NAE_ERA_R-30_Eesti_Riiklik_Spordiamet, lk 38
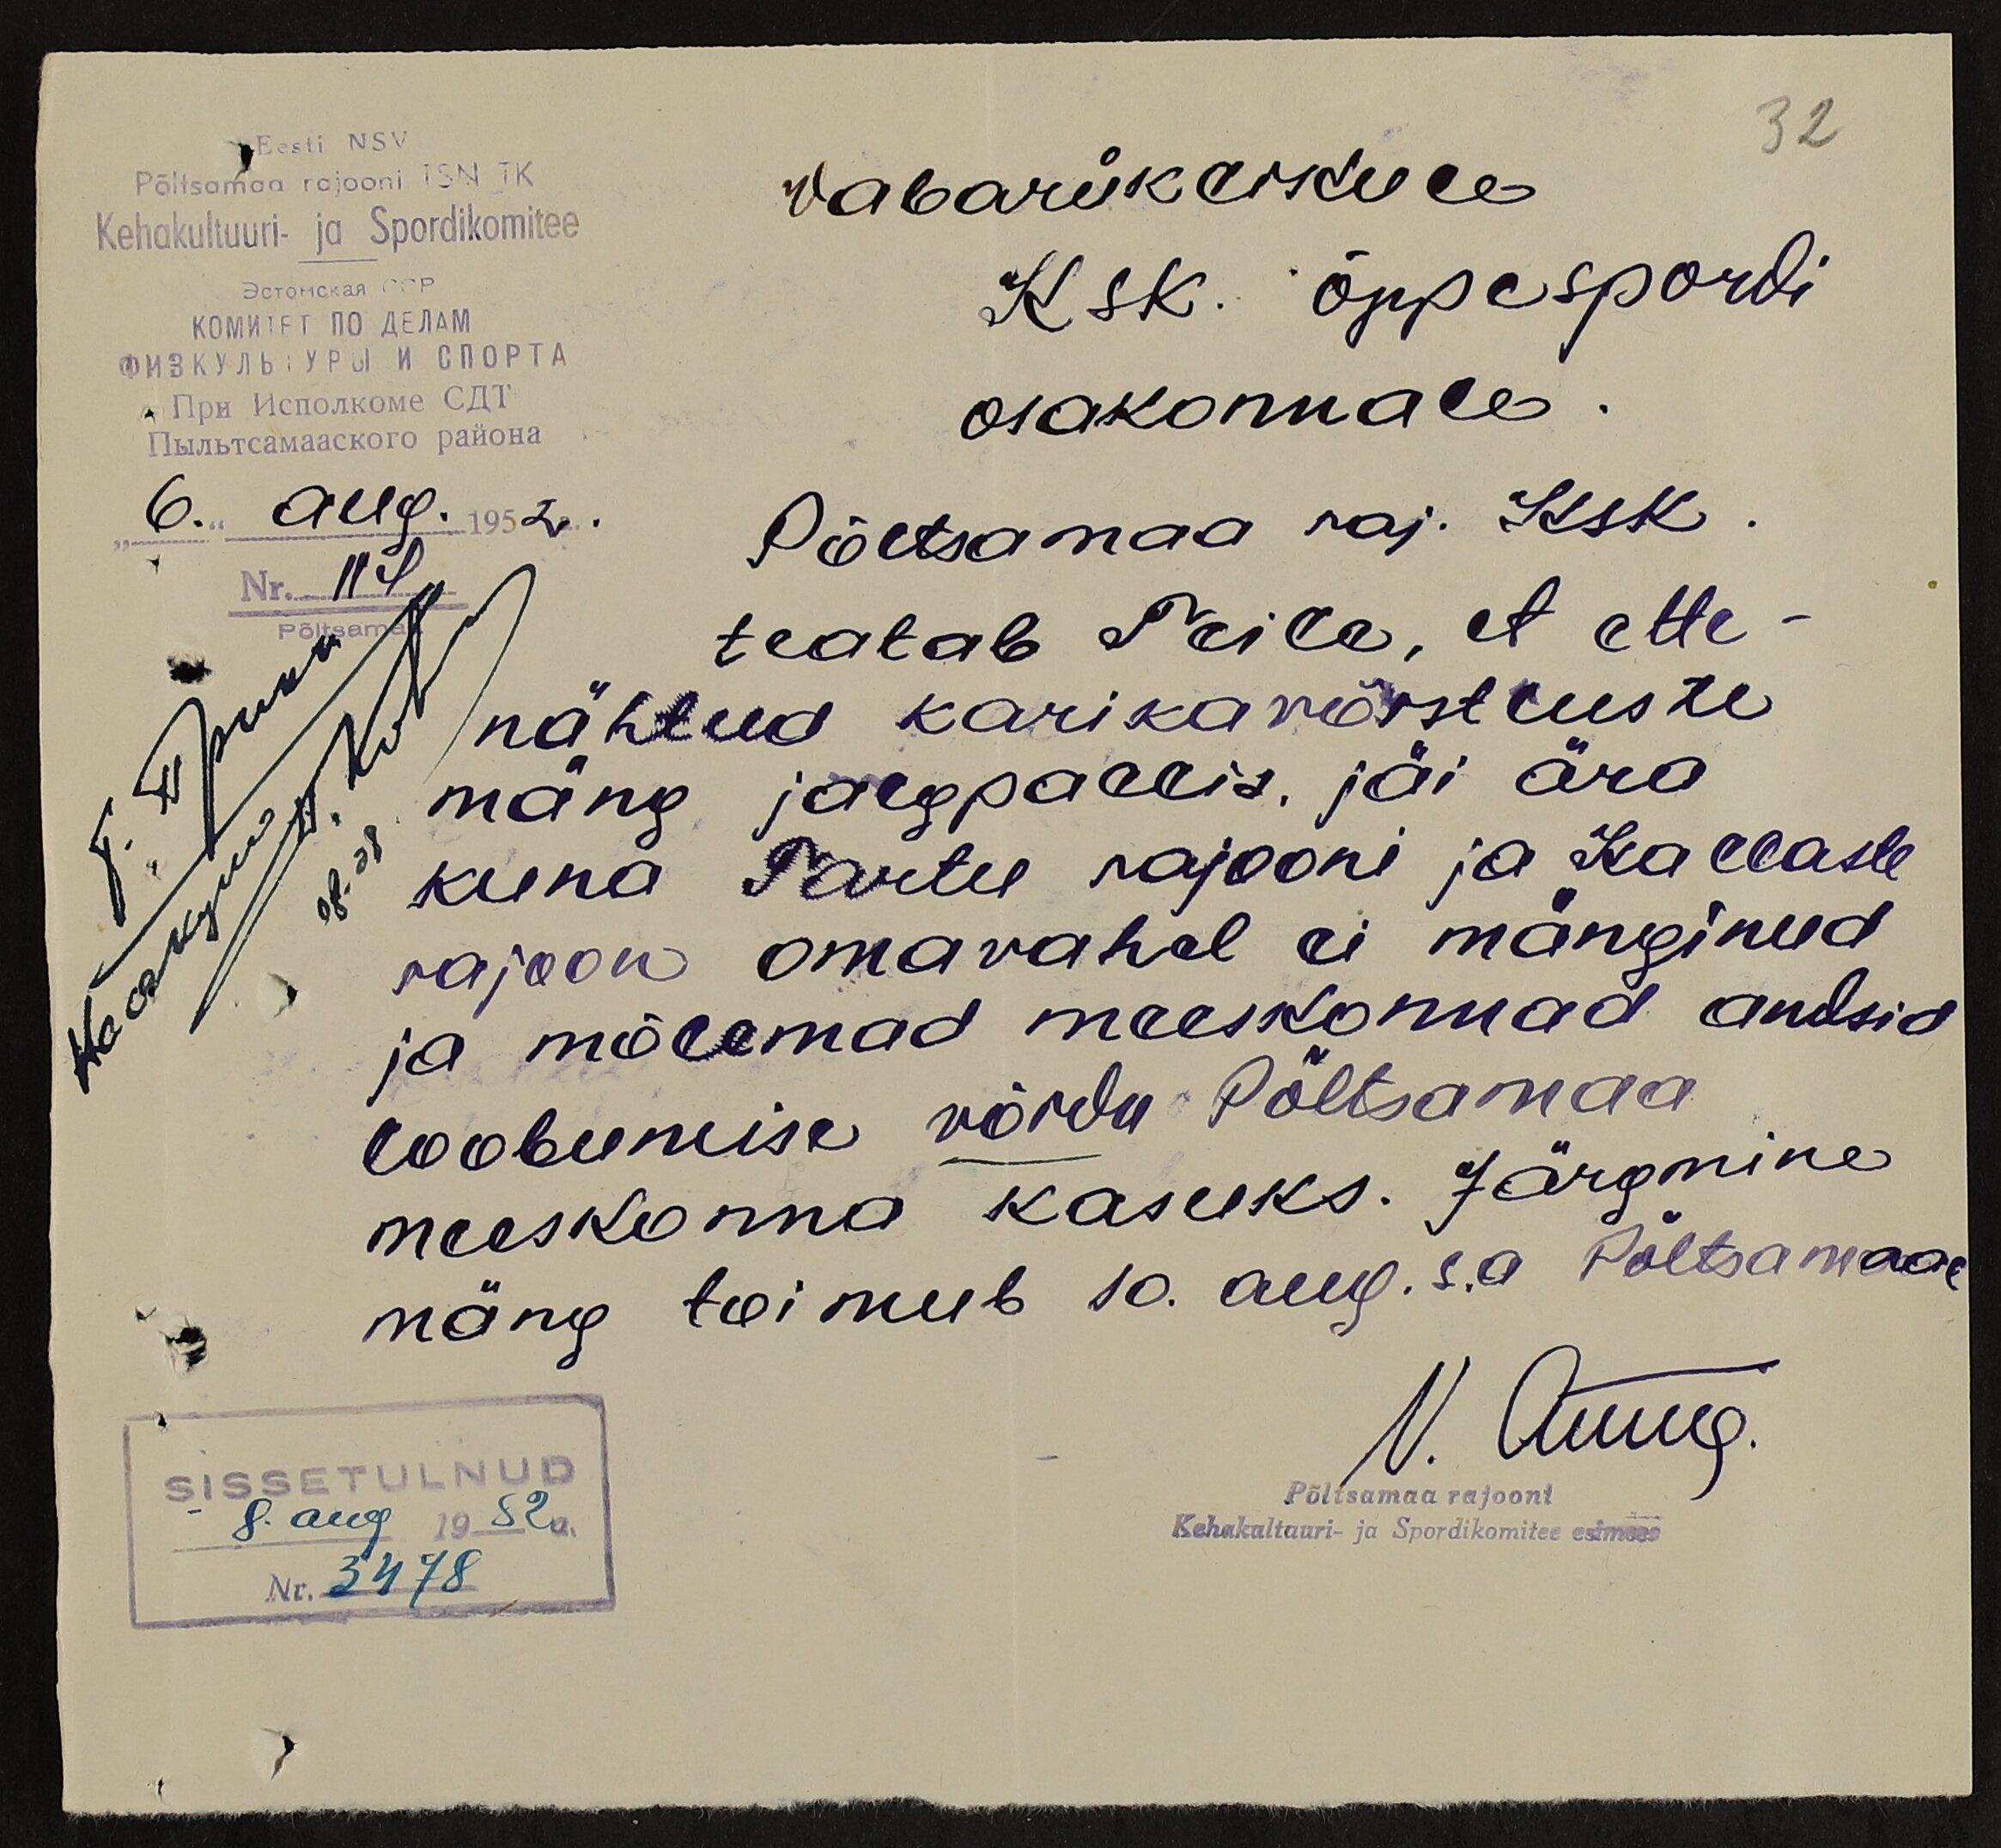
Eesti NSV
32
Põltsamaa rajooni TSN TK
Kehakultuuri- ja Spordikomitee
Vabariiklikule
Ksk. õppespordi
osakonnale.
"6" aug. 1952.
Nr. 114
Põltsamaa
Põltsamaa raj. Ksk.
teatab Teile, et ette-
nähtud karikavõistluste
mäng jalgpallis jäi ära
kuna Tartu rajooni ja Kallaste
rajoon omavahel ei mänginud
ja mõlemad meeskonnad andsid
loobumise võidu Põltsamaa
meeskonna kasuks. Järgmine
mäng toimub 10. aug. s.a Põltsamaal
SISSETULNUD
8. aug 1952a.
Nr. 3478
Põltsamaa rajooni
Kehakultuuri- ja Spordikomitee esimees